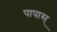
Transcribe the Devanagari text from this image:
पापास्